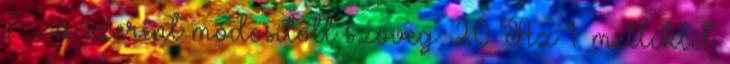
7. §-a szerint módosított szöveg. 20 Az 1. melléklet